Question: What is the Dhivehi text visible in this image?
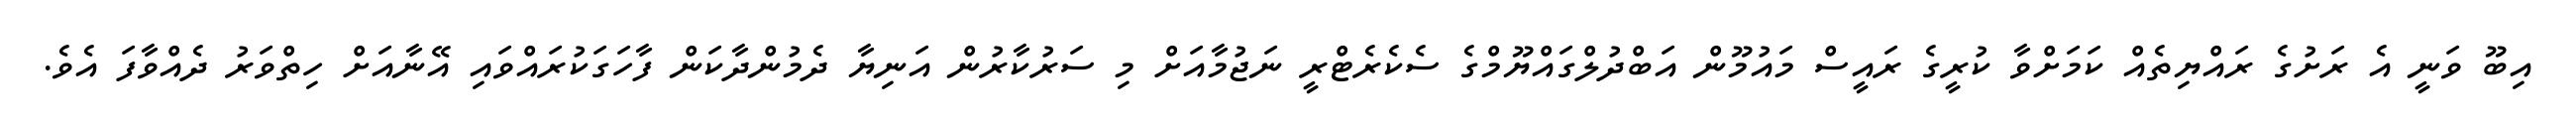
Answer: އިބޫ ވަނީ އެ ރަށުގެ ރައްޔިތެއް ކަމަށްވާ ކުރީގެ ރައީސް މައުމޫން އަބްދުލްގައްޔޫމްގެ ސެކެރެޓްރީ ނަޖުމާއަށް މި ސަރުކާރުން އަނިޔާ ދެމުންދާކަން ފާހަގަކުރައްވައި އޭނާއަށް ހިތްވަރު ދެއްވާފަ އެވެ.